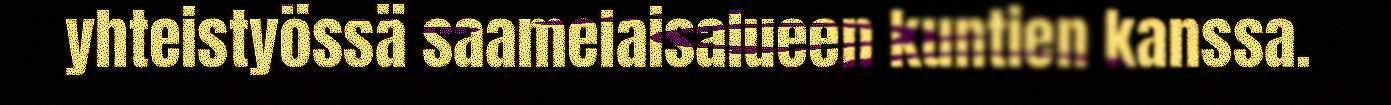
yhteistyössä saamelaisalueen kuntien kanssa.